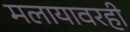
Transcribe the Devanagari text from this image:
मलायावरही